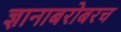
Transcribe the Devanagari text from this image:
ज्ञानाबरोबरच